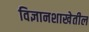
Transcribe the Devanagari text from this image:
विज्ञानशाखेतील